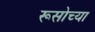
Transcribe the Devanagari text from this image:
रूसोच्या